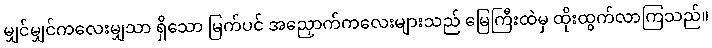
မျှင်မျှင်ကလေးမျှသာ ရှိသော မြက်ပင် အညှောက်ကလေးများသည် မြေကြီးထဲမှ ထိုးထွက်လာကြသည်။